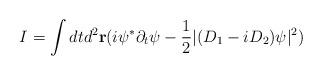
LaTeX: \begin{align*}I = \int dt d^{2} { \bf r} ( i \psi^{\ast} \partial_t \psi - { 1 \over 2} |( D_1 - i D_2) \psi |^{2})\end{align*}